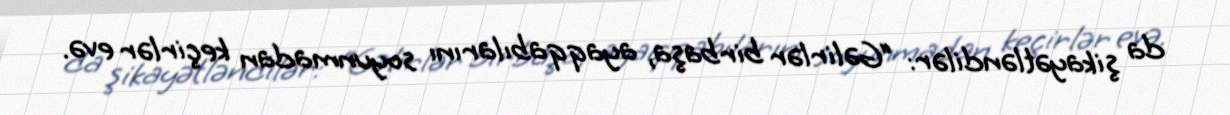
da şikayətləndilər: “Gəlirlər birbaşa, ayaqqabılarını soyunmadan keçirlər evə.